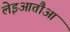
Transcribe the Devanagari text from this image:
लेइआतौआ